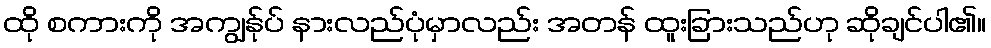
ထို စကားကို အကျွန်ုပ် နားလည်ပုံမှာလည်း အတန် ထူးခြားသည်ဟု ဆိုချင်ပါ၏။